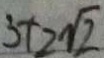
3 + 2 \sqrt { 2 }